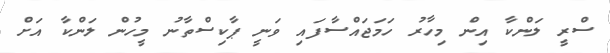
ސްރީ ލަންކާ އިން މިހާރު ހަމަޖައްސާފައި ވަނީ ޕާކިސްތާނު މީހުން ލަންކާ އަށް